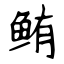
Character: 鲔